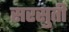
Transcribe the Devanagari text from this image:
सरसुती